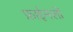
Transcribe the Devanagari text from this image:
फ़ाईनलों